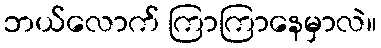
ဘယ်လောက် ကြာကြာနေမှာလဲ။